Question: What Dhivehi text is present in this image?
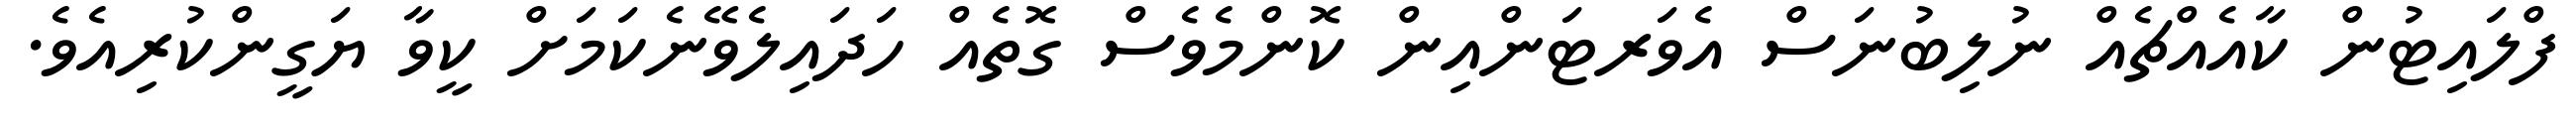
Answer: ފްލައިޓުން ކާއެއްޗެއް ނުލިބުނަސް އެވަރޓަންއިން ކޮންމެވެސް ގޮތެއް ހަދައިލެވޭނެކަމަށް ކީވާ ޔަގީންކުރިއެވެ.